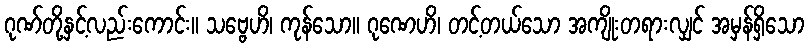
ဂုဏ်တို့နှင့်လည်းကောင်း။ သဗ္ဗေဟိ၊ ကုန်သော။ ဂုဏေဟိ၊ တင့်တယ်သော အကျိုးတရားလျှင် အမှန်ရှိသော